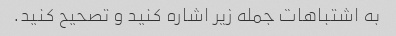
به اشتباهات جمله زیر اشاره کنید و تصحیح کنید.